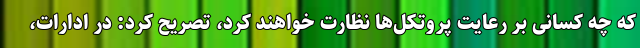
که چه کسانی بر رعایت پروتکل‌ها نظارت خواهند کرد، تصریح کرد: در ادارات،